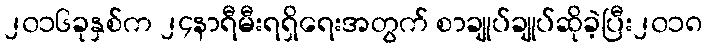
၂၀၁၆ခုနှစ်က ၂၄နာရီမီးရရှိရေးအတွက် စာချုပ်ချုပ်ဆိုခဲ့ပြီး၂၀၁၈